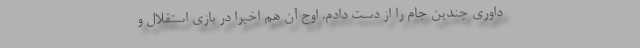
داوری چندین جام را از دست دادم. اوج آن هم اخیرا در بازی استقلال و